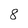
Character: 8